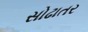
સોઢાતર